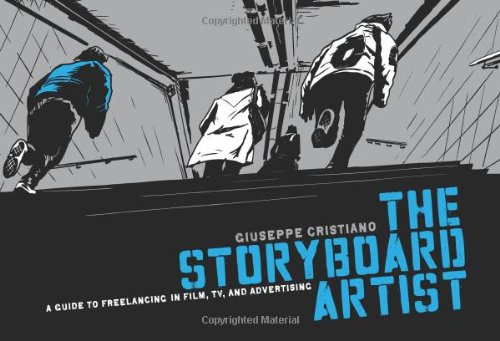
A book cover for The Storyboard Artist: A Guide to Freelancing in Film, TV, and Advertising; Giuseppe Cristiano; Humor & Entertainment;